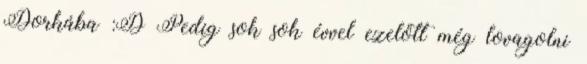
Dorkába :D Pedig sok sok évvel ezelőtt még lovagolni